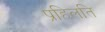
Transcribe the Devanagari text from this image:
प्रहिलति